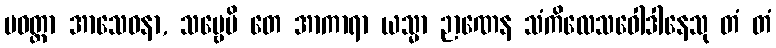
ပဝတ္တာ အာသေဝနာ, သဗ္ဗေပိ တေ အာကာရာ ယသ္မာ ဉာဏေန သံကိလေသဝေါဒါနေသု တံ တံ